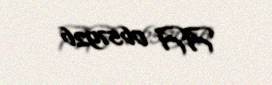
AA 0657926